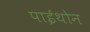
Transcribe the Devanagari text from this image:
पाईथोन